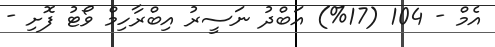
އެމް - 104 (17%) އަބްދު ނަސީރު އިބްރާހިމް ވޯޓު ފޮށި -